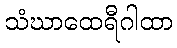
သံဃာထေရီဂါထာ